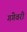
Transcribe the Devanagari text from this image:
गंगेवरी